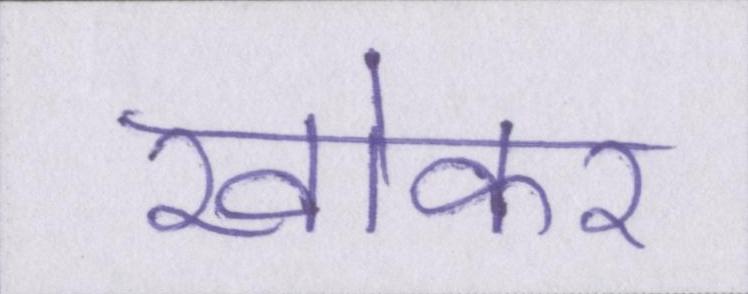
खोकर